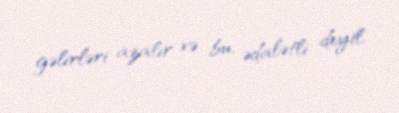
gəlirləri azalır və bu, ədalətli deyil.